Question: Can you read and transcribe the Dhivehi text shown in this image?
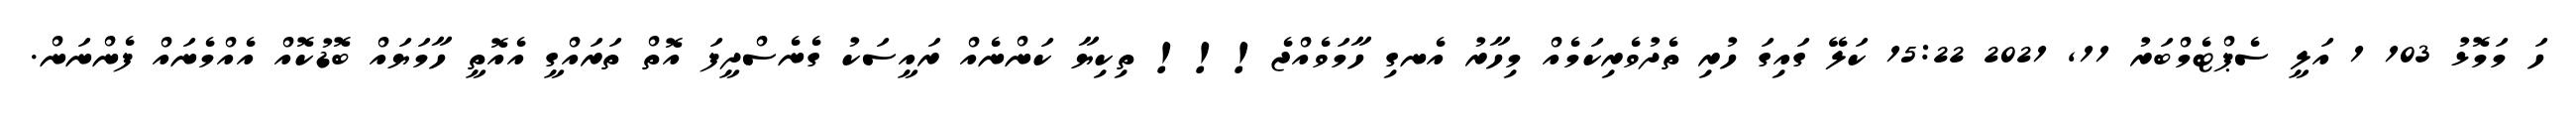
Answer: ހަ މަމޮޅު 103 1 އަލީ ސެޕްޓެމްބަރު 11, 2021 15:22 ކަލޭ ގައިގަ ހުރި ތެދުވެރިކަމެއް މިހާރު އެނގި ހާމަވެއްޖެ!!! ތިކިޔާ ކަންނެއް ރައީސަކު ގެނެސްދީފަ އޮތް ތަރައްގީ އެއޮތީ ހާމަޔައް ބޮޑުކޮއް އެއްމެނައް ފެންނަން.